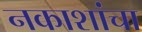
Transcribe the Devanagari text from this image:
नकाशांचा